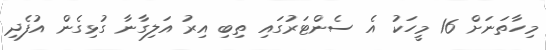
މިހާތަނަށް 16 މީހަކު އެ ސެންޓަރުގައި ތިބި އިރު އަލިގާނާ ގުޅިގެން އުފެދި